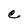
Character: C